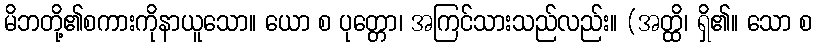
မိဘတို့၏စကားကိုနာယူသော။ ယော စ ပုတ္တော၊ အကြင်သားသည်လည်း။ (အတ္ထိ၊ ရှိ၏။ သော စ